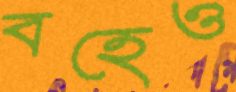
বহেও